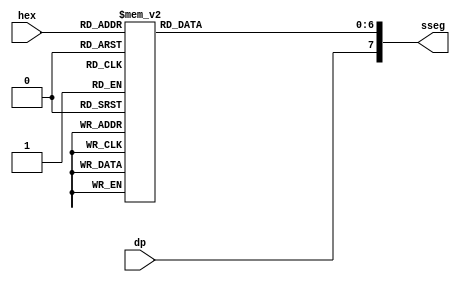
//Listing 3.14
//Chapter 3
//Page 68
//Copyright 2008


module hex_to_sseg
    (
     input wire [3:0] hex,
     input wire dp,
     output reg [7:0] sseg      // output active low
    );
    
    always @*
    begin
        case(hex)
            4'h0:    sseg[6:0] = 7'b0000001;
            4'h1:    sseg[6:0] = 7'b1001111;
            4'h2:    sseg[6:0] = 7'b0010010;
            4'h3:    sseg[6:0] = 7'b0000110;
            4'h4:    sseg[6:0] = 7'b1001100;
            4'h5:    sseg[6:0] = 7'b0100100;
            4'h6:    sseg[6:0] = 7'b0100000;
            4'h7:    sseg[6:0] = 7'b0001111;
            4'h8:    sseg[6:0] = 7'b0000000;
            4'h9:    sseg[6:0] = 7'b0000100;
            4'ha:    sseg[6:0] = 7'b0001000;
            4'hb:    sseg[6:0] = 7'b1100000;
            4'hc:    sseg[6:0] = 7'b0110001;
            4'hd:    sseg[6:0] = 7'b1000010;
            4'he:    sseg[6:0] = 7'b0110000;
            default: sseg[6:0] = 7'b0111000;        // 4'hf
        endcase
        sseg[7] = dp;       // Decimal place is lit if DP is low
       
    end
endmodule